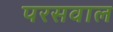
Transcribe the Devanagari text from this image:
परसवाल